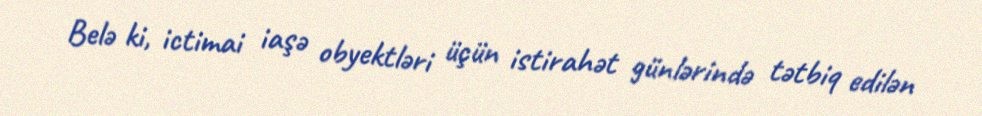
Belə ki, ictimai iaşə obyektləri üçün istirahət günlərində tətbiq edilən